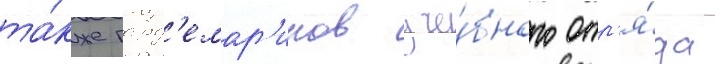
та́кже гард'емар'инов уче́бного отр'я́да